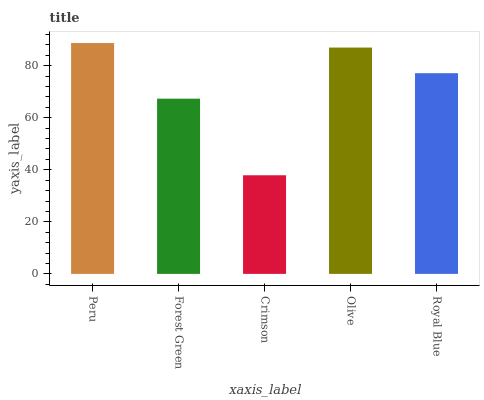
| xaxis_label | bars |
 | --- | --- |
 | Peru | 88.7 |
 | Forest Green | 67.3 |
 | Crimson | 37.9 |
 | Olive | 87 |
 | Royal Blue | 77.1 |